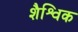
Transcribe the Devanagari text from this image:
शैश्विक